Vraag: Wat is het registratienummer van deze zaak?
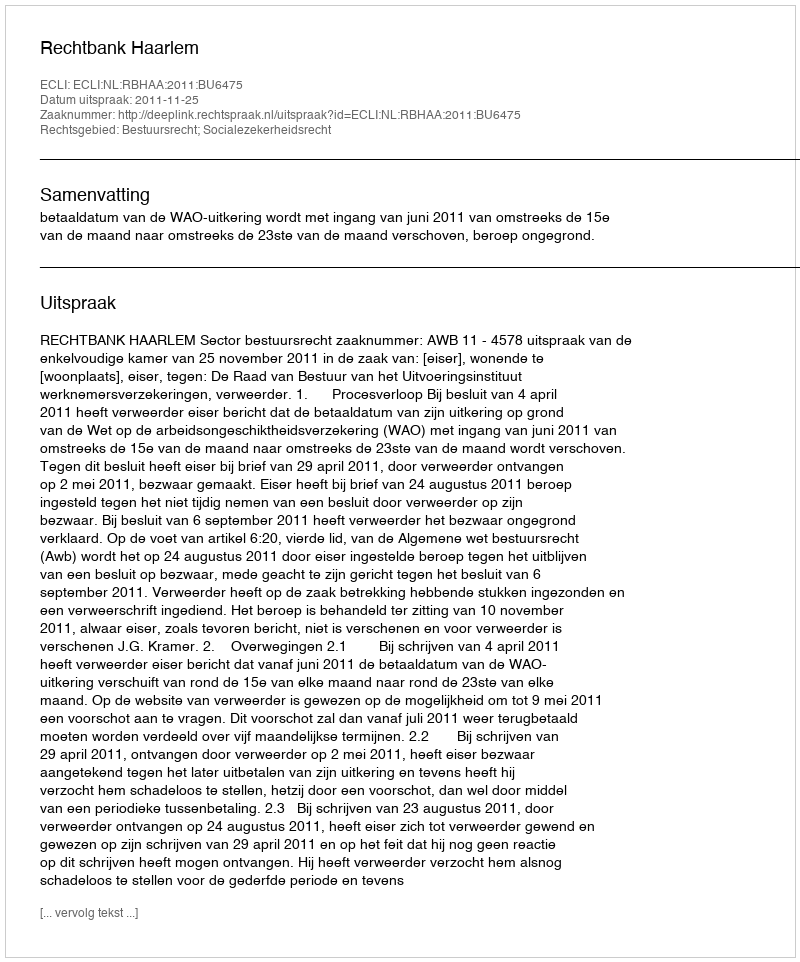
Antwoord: http://deeplink.rechtspraak.nl/uitspraak?id=ECLI:NL:RBHAA:2011:BU6475